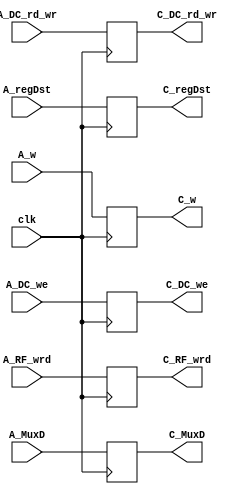
module AC_decoupler
#(parameter DATA_WIDTH=32)
(
	input clk,
	input [(DATA_WIDTH-1):0] A_w,
	input [6:0] A_regDst,
	input [1:0] A_DC_rd_wr,
	input A_DC_we,
	input A_MuxD,
	input A_RF_wrd,
	
	output reg [(DATA_WIDTH-1):0] C_w,
	output reg [6:0] C_regDst,
	output reg [1:0] C_DC_rd_wr,
	output reg C_DC_we,
	output reg C_MuxD,
	output reg C_RF_wrd
);

	always @(posedge clk) begin
		C_w <= A_w;
		C_regDst <= A_regDst;
		C_DC_rd_wr <= A_DC_rd_wr;
		C_DC_we <= A_DC_we;
		C_MuxD <= A_MuxD;
		C_RF_wrd <= A_RF_wrd;
	end


endmodule